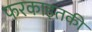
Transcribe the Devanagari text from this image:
फरकाइतकी